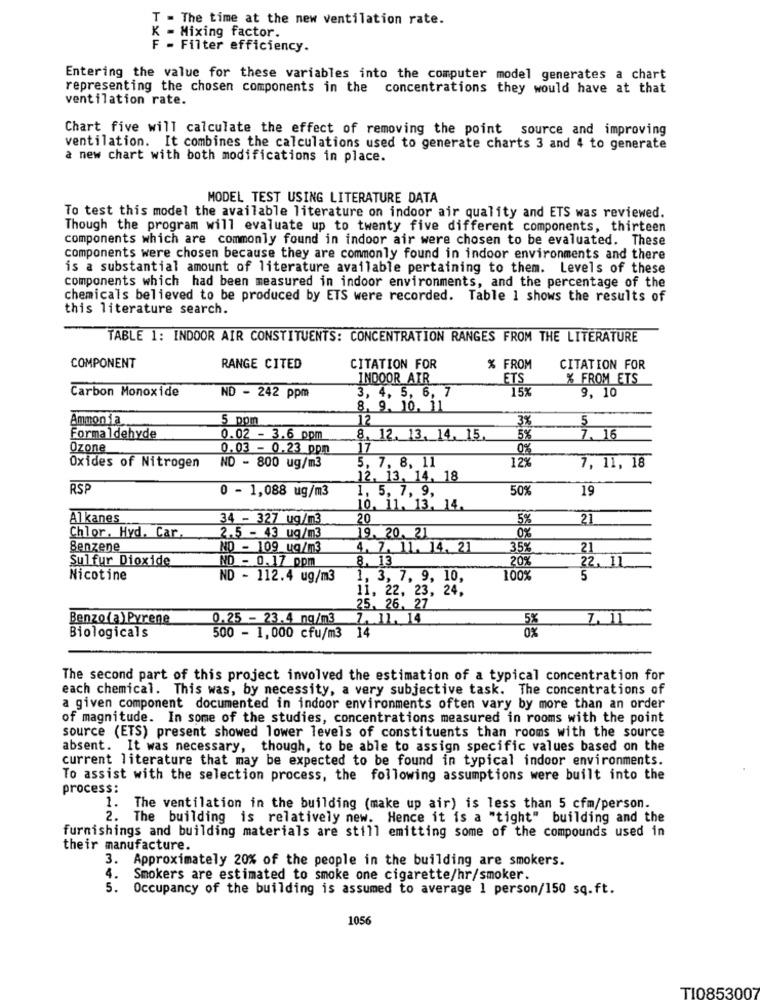
T - The time at the new ventilation rate.
K - Mixing factor.
F - Filter efficiency.
Entering the value for these variables into the computer model generates a chart
representing the chosen components in the concentrations they would have at that
ventilation rate.
Chart five will calculate the effect of removing the point source and improving
ventilation. It combines the calculations used to generate charts 3 and 4 to generate
a new chart with both modifications in place.
MODEL TEST USING LITERATURE DATA
To test this model the available literature on indoor air quality and ETS was reviewed.
Though the program will evaluate up to twenty five different components, thirteen
components which are commonly found in indoor air were chosen to be evaluated. These
components were chosen because they are commonly found in indoor environments and there
is a substantial amount of literature available pertaining to them. Levels of these
components which had been measured in indoor environments, and the percentage of the
chemicals believed to be produced by ETS were recorded. Table 1 shows the results of
this literature search.
TABLE 1: INDOOR AIR CONSTITUENTS: CONCENTRATION RANGES FROM THE LITERATURE
COMPONENT
RANGE CITED
CITATION FOR
% FROM
CITATION FOR
INDOOR AIR
ETS
% FROM ETS
Carbon Monoxide
15%
ND - 242 ppm
3, 4, 5, 6, 7
9, 10
8, 9, 10, 11
Ammonia
5 ppm
12
3%
5
Formaldehyde
0.02 - 3.6 ppm
8. 12. 13. 14. 15.
5%
7. 16
Ozone
0.03 - 0.23 ppm
17
0%
12%
Oxides of Nitrogen
NO - 800 ug/m3
5, 7, 8, 11
7, 11, 18
12, 13, 14, 18
RSP
0 - 1,088 ug/m3
1, 5, 7, 9,
50%
19
10. 11. 13, 14.
Alkanes
34 - 327 ug/m3
20
5%
21
19. 20, 21
Chlor, Hyd. Car.
2.5 - 43 ug/m3
0%
Benzene
NO - 109 ug/m3
4. 7. 11. 14, 21
35%
21
Sulfur Dioxide
ND - 0.17 ppm
8. 13
20%
22. 11
Nicotine
ND - 112.4 ug/m3
1, 3, 7, 9, 10,
100%
5
11, 22, 23, 24,
25, 26, 27
Benzo(a) Pyrene
0.25 - 23.4 ng/m3
7. 11, 14
5%
7. 11
Biologicals
0%
500 - 1,000 cfu/m3 14
The second part of this project involved the estimation of a typical concentration for
each chemical. This was, by necessity, a very subjective task. The concentrations of
a given component documented in indoor environments often vary by more than an order
of magnitude. In some of the studies, concentrations measured in rooms with the point
source (ETS) present showed lower levels of constituents than rooms with the source
absent. It was necessary, though, to be able to assign specific values based on the
current literature that may be expected to be found in typical indoor environments.
To assist with the selection process, the following assumptions were built into the
process:
1. The ventilation in the building (make up air) is less than 5 cfm/person.
2. The building is relatively new. Hence it is a "tight" building and the
furnishings and building materials are still emitting some of the compounds used in
their manufacture.
3. Approximately 20% of the people in the building are smokers.
4. Smokers are estimated to smoke one cigarette/hr/smoker.
5.
Occupancy of the building is assumed to average 1 person/150 sq.ft.
105€
T10853007